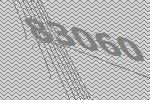
83060